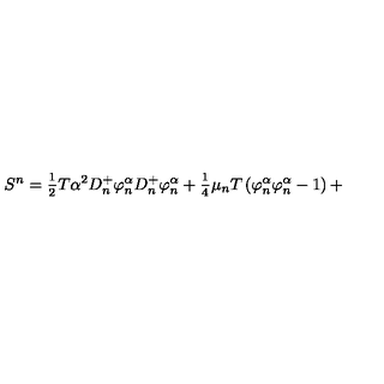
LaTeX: S ^ { n } = \frac { _ 1 } { ^ 2 } T \alpha ^ { 2 } D _ { n } ^ { + } \varphi _ { n } ^ { \alpha } D _ { n } ^ { + } \varphi _ { n } ^ { \alpha } + \frac { _ 1 } { ^ 4 } \mu _ { n } T \left( \varphi _ { n } ^ { \alpha } \varphi _ { n } ^ { \alpha } - 1 \right) +